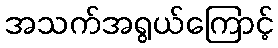
အသက်အရွယ်ကြောင့်